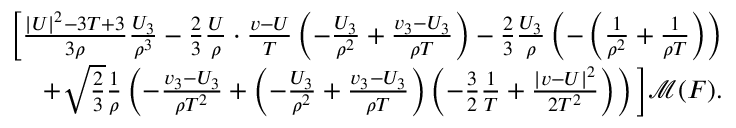
\begin{array} { r } { \bigg [ \frac { | U | ^ { 2 } - 3 T + 3 } { 3 \rho } \frac { U _ { 3 } } { \rho ^ { 3 } } - \frac { 2 } { 3 } \frac { U } { \rho } \cdot \frac { v - U } { T } \left( - \frac { U _ { 3 } } { \rho ^ { 2 } } + \frac { v _ { 3 } - U _ { 3 } } { \rho T } \right) - \frac { 2 } { 3 } \frac { U _ { 3 } } { \rho } \left( - \left( \frac { 1 } { \rho ^ { 2 } } + \frac { 1 } { \rho T } \right) \right) } \\ { + \sqrt { \frac { 2 } { 3 } } \frac { 1 } { \rho } \left( - \frac { v _ { 3 } - U _ { 3 } } { \rho T ^ { 2 } } + \left( - \frac { U _ { 3 } } { \rho ^ { 2 } } + \frac { v _ { 3 } - U _ { 3 } } { \rho T } \right) \left( - \frac { 3 } { 2 } \frac { 1 } { T } + \frac { | v - U | ^ { 2 } } { 2 T ^ { 2 } } \right) \right) \bigg ] \mathcal { M } ( F ) . } \end{array}